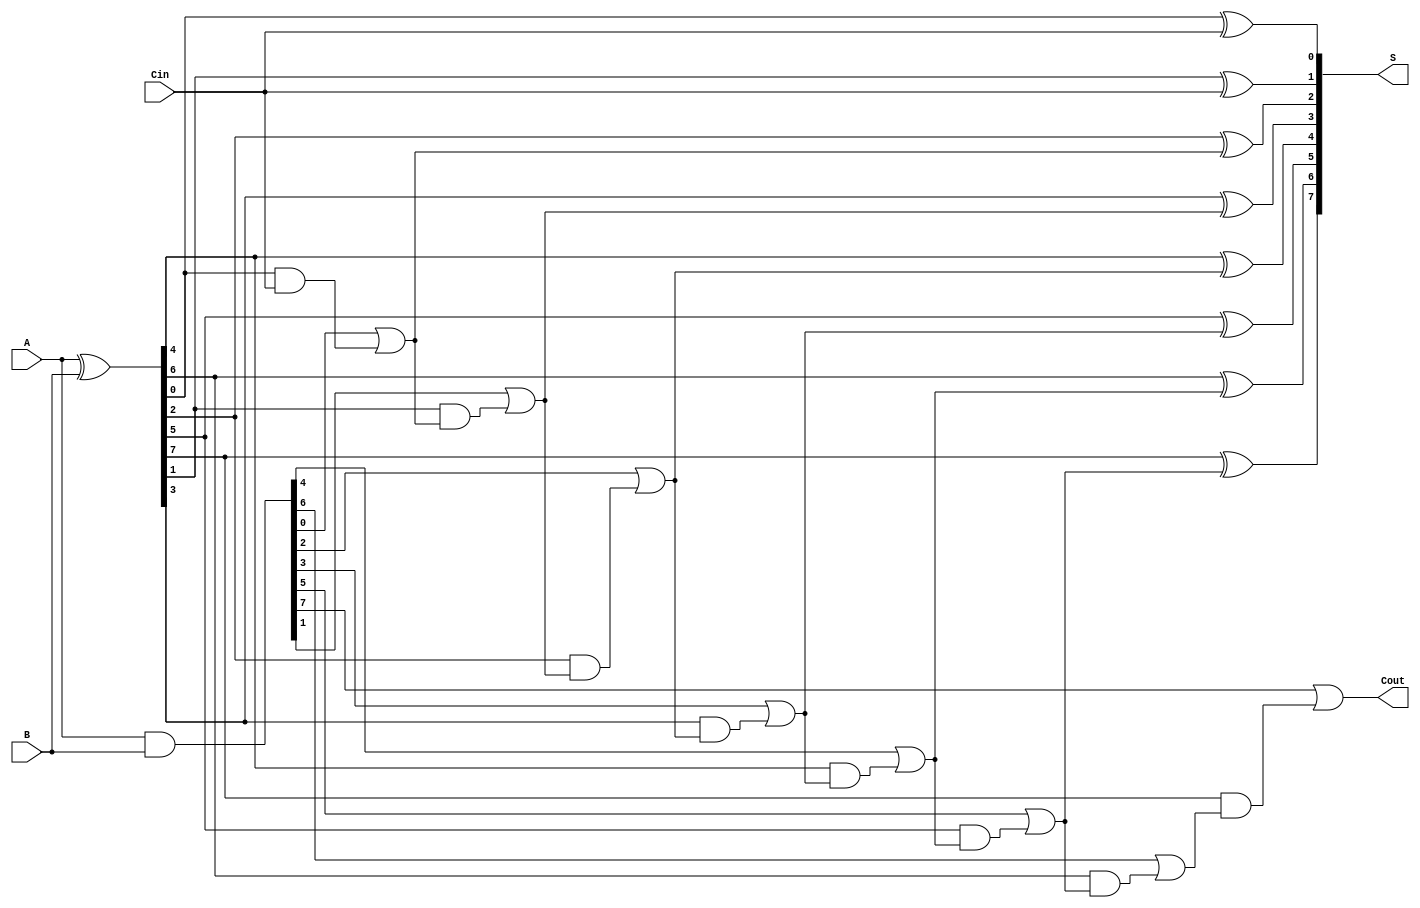
module BrentKungAdder #(parameter n = 8) (
    input [n-1:0] A,
    input [n-1:0] B,
    input Cin,
    output [n-1:0] S,
    output Cout
);

    // Generate and Propagate signals
    wire [n-1:0] G; // Generate signals
    wire [n-1:0] P; // Propagate signals
    wire [n:0] C;   // Carry signals (C[0] is the initial carry-in)

    // Compute Generate and Propagate signals
    assign G = A & B;
    assign P = A ^ B;

    // Carry-in to the first carry signal
    assign C[0] = Cin;

    // Stage 1: Calculate intermediate carries
    genvar i;
    generate
        for (i = 0; i < n/2; i = i + 1) begin : stage1
            assign C[2*i + 1] = G[2*i] | (P[2*i] & C[2*i]);
            assign C[2*i + 2] = G[2*i + 1] | (P[2*i + 1] & C[2*i + 1]);
        end
    endgenerate

    // Stage 2: Calculate final carries
    generate
        for (i = 0; i < n; i = i + 1) begin : stage2
            if (i > 0) begin
                assign C[i] = G[i-1] | (P[i-1] & C[i-1]);
            end
        end
    endgenerate

    // Sum calculation
    generate
        for (i = 0; i < n; i = i + 1) begin : sum
            if (i == 0) begin
                assign S[i] = P[i] ^ C[0]; // For the least significant bit
            end else begin
                assign S[i] = P[i] ^ C[i-1]; // For subsequent bits
            end
        end
    endgenerate

    // Final carry-out
    assign Cout = C[n];

endmodule